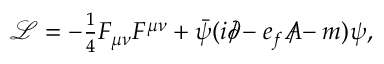
\begin{array} { r } { \mathcal { L } = - \frac { 1 } { 4 } F _ { \mu \nu } F ^ { \mu \nu } + \bar { \psi } ( i \partial \! \! \! / - e _ { f } A \! \! \! / - m ) \psi , } \end{array}